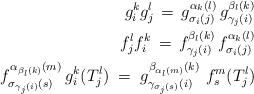
LaTeX: \begin{align*} g_i^kg_j^l\,=\, g_{\sigma_i(j)}^{\alpha_k(l)}\,g_{\gamma_j(i)}^{\beta_l(k)} \\ f_j^lf_i^k\,=\, f_{\gamma_j(i)}^{\beta_l(k)} \,f_{\sigma_i(j)}^{\alpha_k(l)} \\ f_{\sigma_{\gamma_j(i)}(s)}^{\alpha_{\beta_l(k)}(m)}\,g_i^k(T_j^l)\;=\; g_{\gamma_{\sigma_j(s)}(i)}^{\beta_{\alpha_l(m)}(k)}\,\,f_s^m(T_j^l) \end{align*}